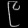
Digit: ၉